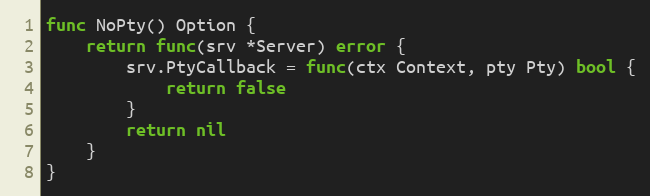
Language: Go
func NoPty() Option {
	return func(srv *Server) error {
		srv.PtyCallback = func(ctx Context, pty Pty) bool {
			return false
		}
		return nil
	}
}